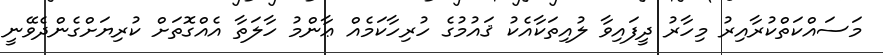
މަސައްކަތްކުރާއިރު މިހާރު ދީފައިވާ ލުއިތަކާއެކު ޤައުމުގެ ހުރިހާކަމެއް ޢާންމު ހާލަތާ އެއްގޮތަށް ކުރިޔަށްގެންދެވޭނީ